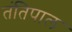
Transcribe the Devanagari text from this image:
तंतिपाल